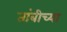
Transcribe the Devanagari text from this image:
तांबीच्या